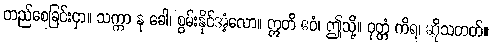
တည်စေခြင်းငှာ။ သက္ကာ နု ခေါ၊ စွမ်းနိုင်အံ့လော။ ဣတိ ဧဝံ၊ ဤသို့။ ဝုတ္တံ ကိရ၊ ဆိုသတတ်။